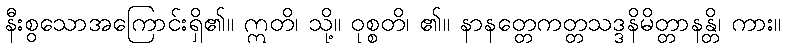
နီးစွသောအကြောင်းရှိ၏။ ဣတိ၊ သို့။ ဝုစ္စတိ၊ ၏။ နာနတ္တေကတ္တသဒ္ဒနိမိတ္တာနန္တိ၊ ကား။